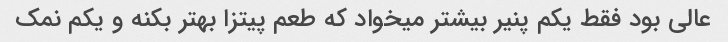
عالی بود فقط یکم پنیر بیشتر میخواد که طعم پیتزا بهتر بکنه و یکم نمک